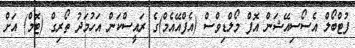
ފުޓްބޯލް އެސޯސިއޭޝަން އޮފް މޯލްޑިވްސް (އެފްއޭއެމް)ގެ ރައީސްކަން އަހުމަދު ތޯރިގް (ޓޮމް) އަށް